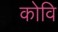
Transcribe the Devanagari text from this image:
कोवि